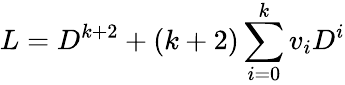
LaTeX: L=D^{k+2}+(k+2)\sum_{i=0}^{k}v_{i}D^{i}